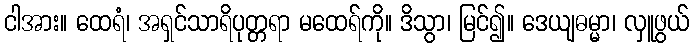
ငါအား။ ထေရံ၊ အရှင်သာရိပုတ္တရာ မထေရ်ကို။ ဒိသွာ၊ မြင်၍။ ဒေယျဓမ္မာ၊ လှူဖွယ်